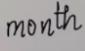
month